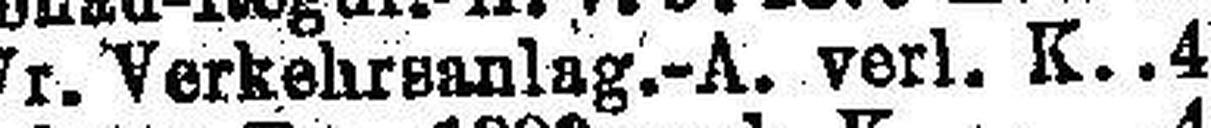
Wr. Verkehrsanlag.-A. verl. K. 4